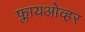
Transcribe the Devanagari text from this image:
फ्लायओव्हर